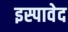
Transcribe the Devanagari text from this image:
इस्पावेद